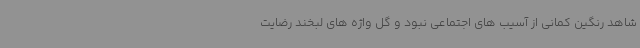
شاهد رنگین کمانی از آسیب های اجتماعی نبود و گل واژه های لبخند رضایت